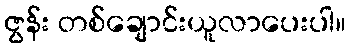
ဇွန်း တစ်ချောင်းယူလာပေးပါ။